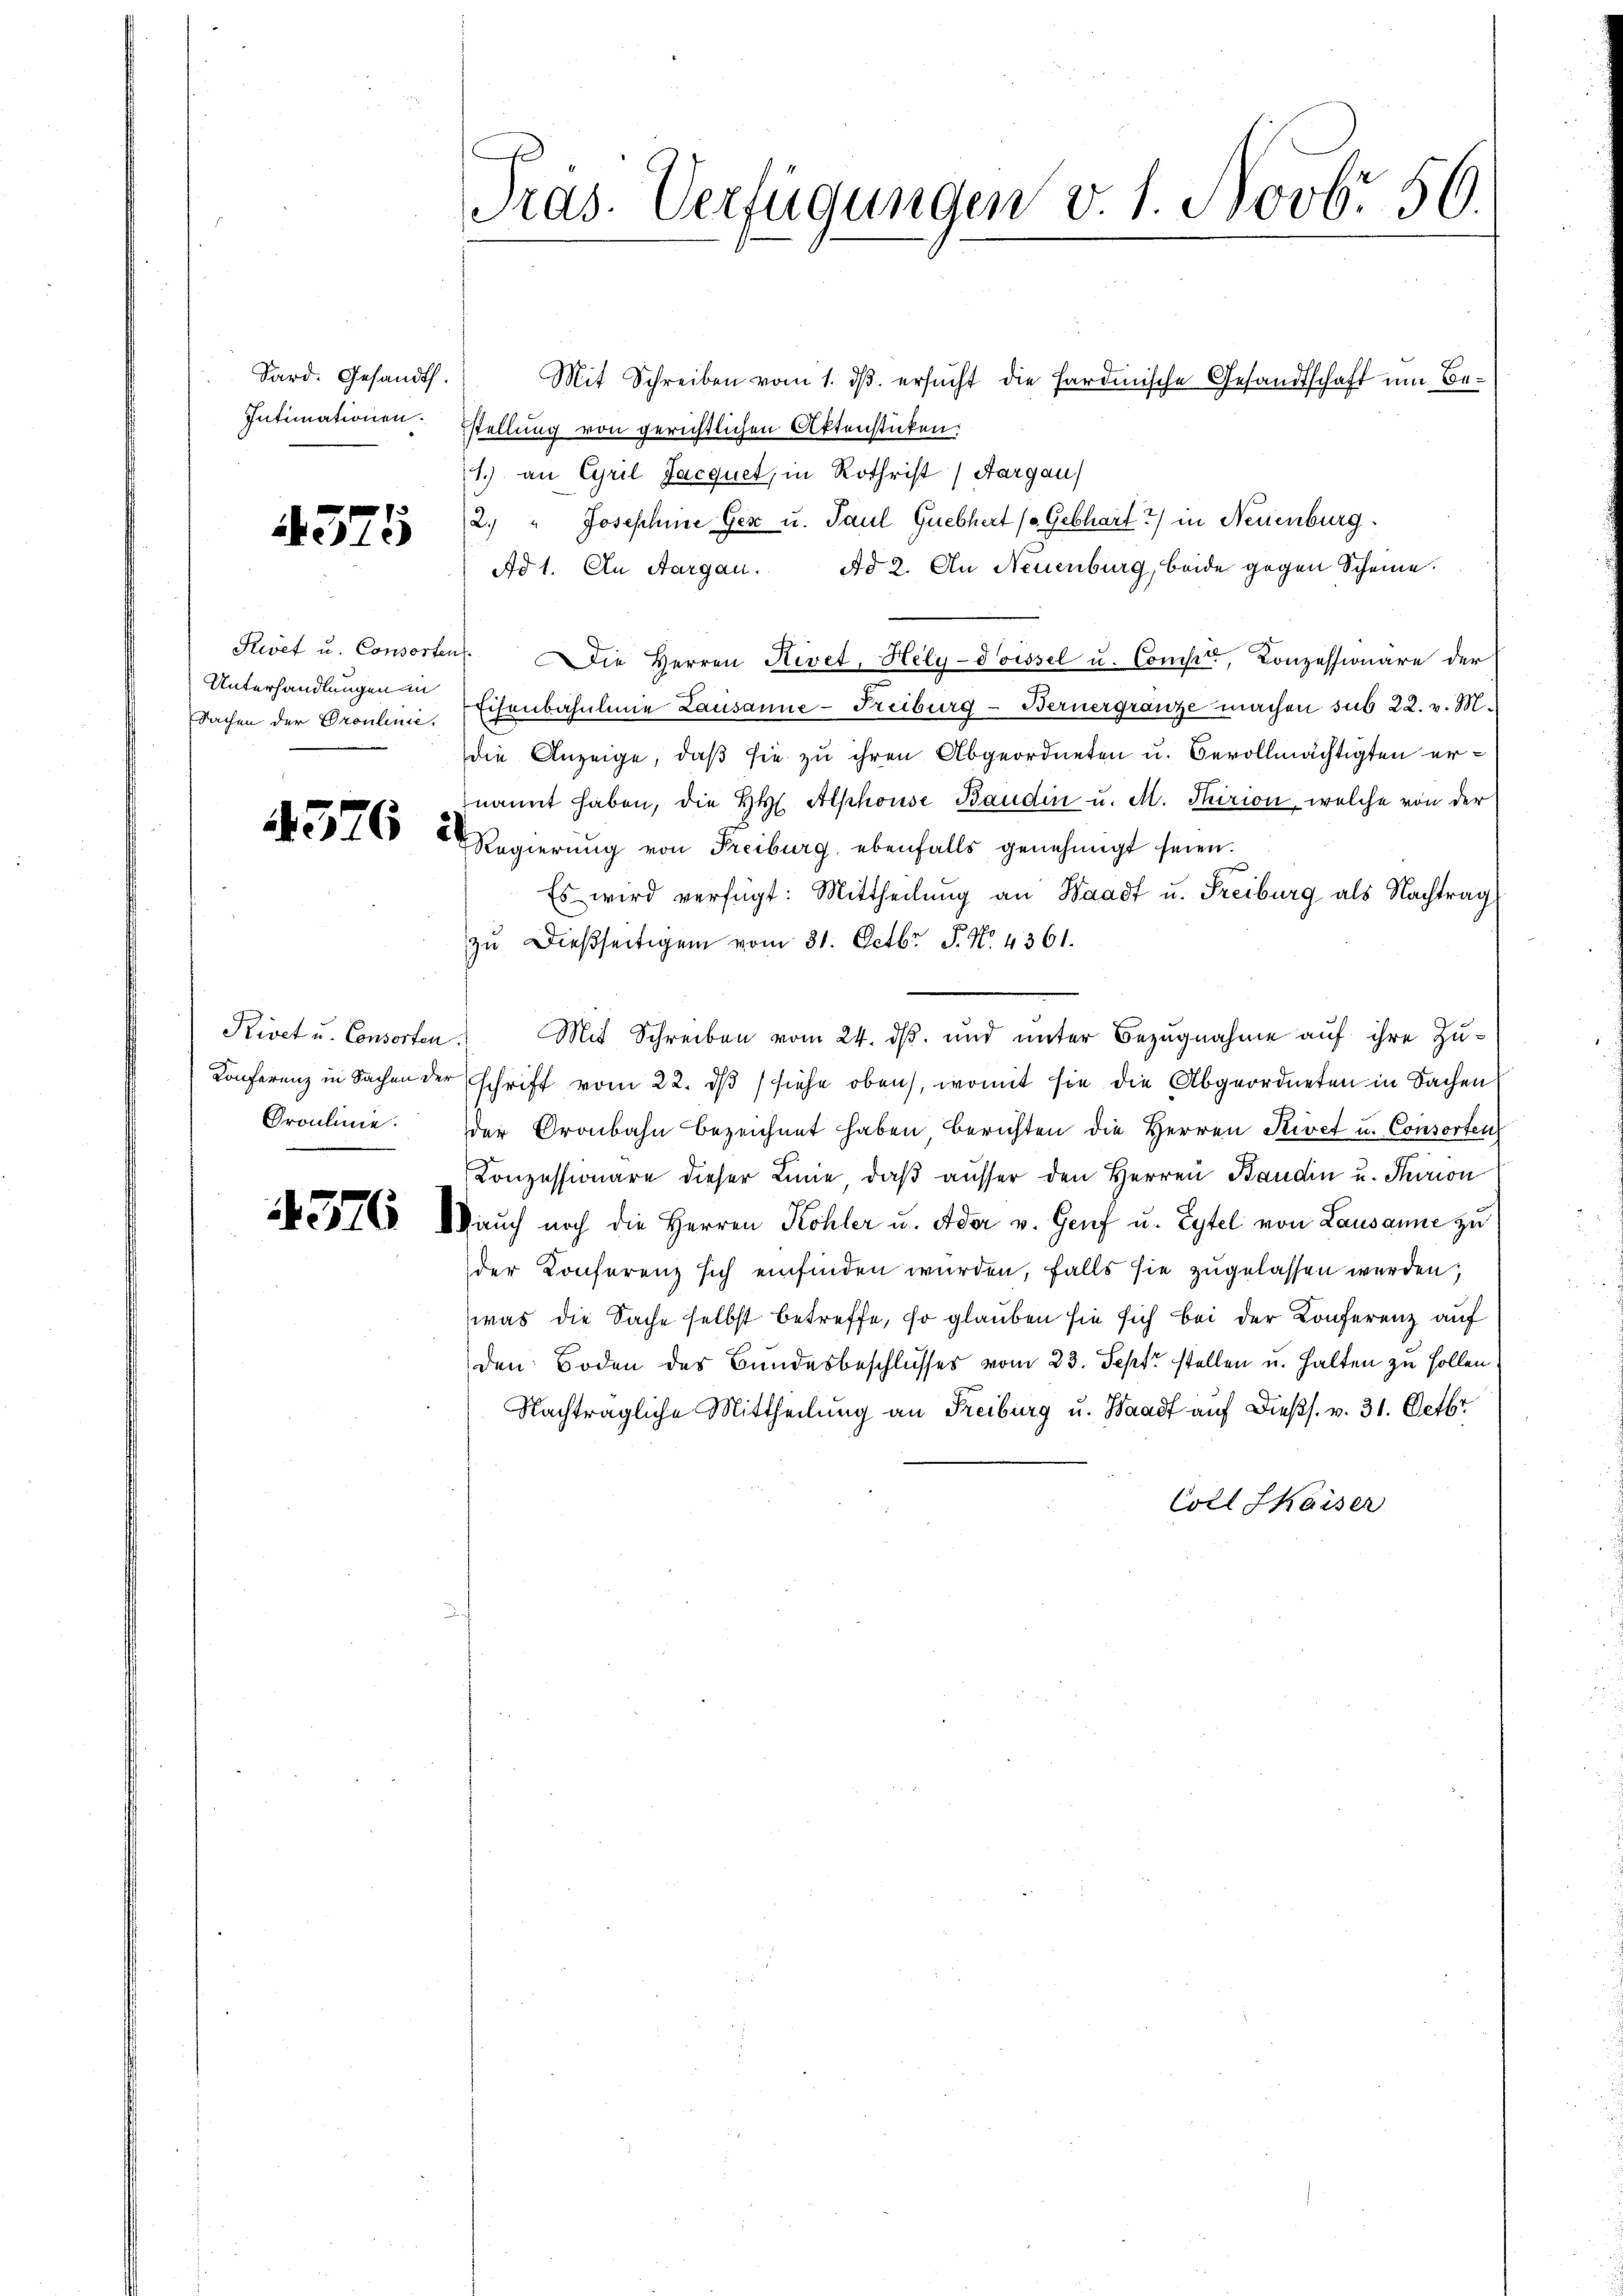
Sard. Gesandt.
Intimationen.

4375

Unterhandlungen in
Sachen der Oroulinie.

Groulinie.

Mit Schreiben vom 1. ds. ersucht die Fardinische Gesandtschaft um Bestellung von gerichtlichen Aktenstücken:
1.) an Cyril Jacquet, in Rothrist) Aargau)
2. " Josephine Gex u. Paul Guebhert (Gebhart ?) in Neuenburg.
Ad 1. An Aargau. Ad 2. An Neuenburg, beide gegen Scheine.
Swet u. Consorten. Die Herren Hivet, Hely-Soissel u. Compte, Conzessionäre der
Eisenbahnlinie Lausanne-Freiburg - Bernergränze machen sub 22. v. M.
die Anzeige, daß sie zu ihren Abgeordneten u. Bevollmächtigten ernannt haben, die H. Alphouse Baudin u. M. Thirion, welche von der
a     2 Regierung von Freiburg, ebenfalls genehmigt seien.
Es wird verfügt: Mittheilŭng an Waadt u. Freiburg als Nachtrag
zu dießseitigen vom 31. Octbr. P. No. 4361.
Kivet u. Consorten Mit Schreiben vom 24. ds. und unter Bezugnahme auf ihre Zu¬
Konferenz in Sachen der schrift vom 22. ds siehe oben, womit sie die Abgeordneten in Sachen
der Oronbahn bezeichnet haben berichten die Herren Kivet u. Consorten
Konzessionäre dieser Linie, daß ausser den Herren Bandin u. Thoron
 Mauch noch die Herren Köhler u. Ader v. Genf u. Eytel von Lausanne zu
der Konferenz sich einfinden wurden, falls sie zugelassen werden,
(was die Sache selbst betreffe, so glauben sie sich bei der Konferenz auf
den Boden des Bundesbeschlusses vom 23. Sept. stellen u. halten zu sollen,
Nachträgliche Mittheilung an Freiburg u. Waadt auf dießs. v. 31. Octbr.
Coll Skaiser

Pras. Verfügungen v. 1. Novbr. 56.